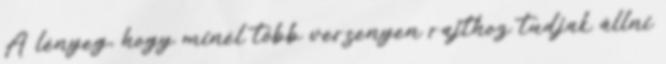
A lényeg, hogy minél több versenyen rajthoz tudjak állni